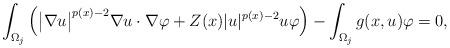
LaTeX: \begin{align*} \int_{\Omega_j} \left( \big| \nabla u \big|^{ p(x)-2 } \nabla u \cdot \nabla \varphi + Z(x) | u |^{ p(x)-2 } u \varphi \right) - \int_{\Omega_j} g(x,u) \varphi = 0, \end{align*}